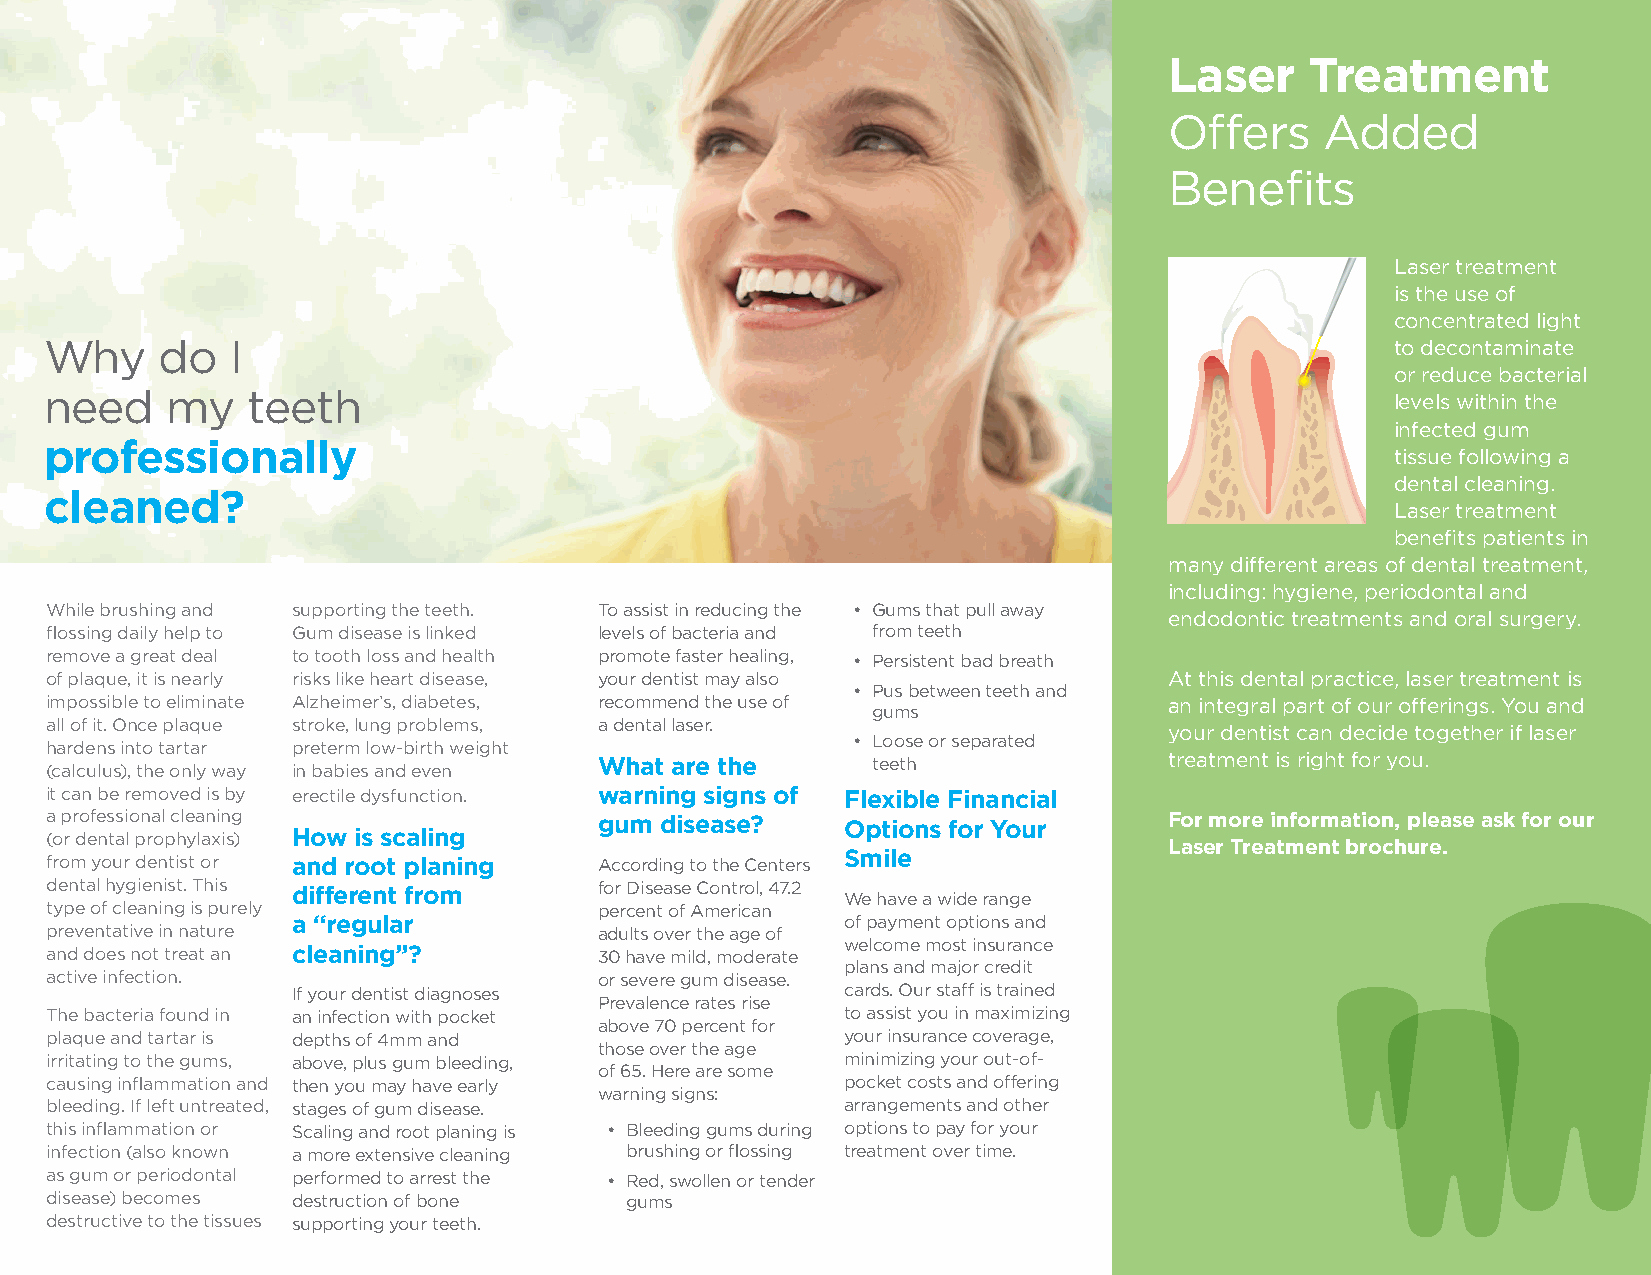
Laser     Treatment
 Offers     Added
 Benefits
 Laser treatment
 is the use of
 concentrated light
 Why     do  I                                                                            to decontaminate
 or reduce bacterial
 need    my   teeth                                                                       levels within the
 infected gum
 professionally
 tissue following a
 dental cleaning.
 cleaned?
 Laser treatment
 benefits patients in
 many different areas of dental treatment,
 including: hygiene, periodontal and
 While brushing and supporting the teeth. To assist in reducing the • Gums that pull away
 endodontic treatments and oral surgery.
 flossing daily help to Gum disease is linked levels of bacteria and from teeth
 remove a great deal to tooth loss and health promote faster healing, • Persistent bad breath
 of plaque, it is nearly risks like heart disease, your dentist may also   At this dental practice, laser treatment is
 • Pus between teeth and
 impossible to eliminate Alzheimer’s, diabetes, recommend the use of       an integral part of our offerings. You and
 gums
 all of it. Once plaque stroke, lung problems, a dental laser.
 your dentist can decide together if laser
 • Loose or separated
 hardens into tartar preterm low-birth weight
 (calculus), the only way in babies and even What are the teeth            treatment is right for you.
 it can be removed is by erectile dysfunction. warning signs of Flexible Financial
 a professional cleaning              gum disease?    Options for Your     For more information, please ask for our
 (or dental prophylaxis) How is scaling
 Laser Treatment brochure.
 from your dentist or and root planing According to the Centers Smile
 dental hygienist. This different from for Disease Control, 47.2 We have a wide range
 type of cleaning is purely           percent of American
 a “regular                           of payment options and
 preventative in nature               adults over the age of
 welcome most insurance
 and does not treat an cleaning”?     30 have mild, moderate
 plans and major credit
 active infection.                    or severe gum disease.
 If your dentist diagnoses            cards. Our staff is trained
 Prevalence rates rise
 The bacteria found in an infection with pocket       to assist you in maximizing
 above 70 percent for
 plaque and tartar is depths of 4mm and               your insurance coverage,
 those over the age
 irritating to the gums, above, plus gum bleeding,    minimizing your out-of-
 of 65. Here are some
 causing inflammation and then you may have early     pocket costs and offering
 warning signs:
 bleeding. If left untreated, stages of gum disease.  arrangements and other
 this inflammation or Scaling and root planing is • Bleeding gums during options to pay for your
 infection (also known a more extensive cleaning brushing or flossing treatment over time.
 as gum or periodontal performed to arrest the • Red, swollen or tender
 disease) becomes destruction of bone  gums
 destructive to the tissues supporting your teeth.